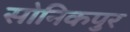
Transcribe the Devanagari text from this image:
सोनिकपुर